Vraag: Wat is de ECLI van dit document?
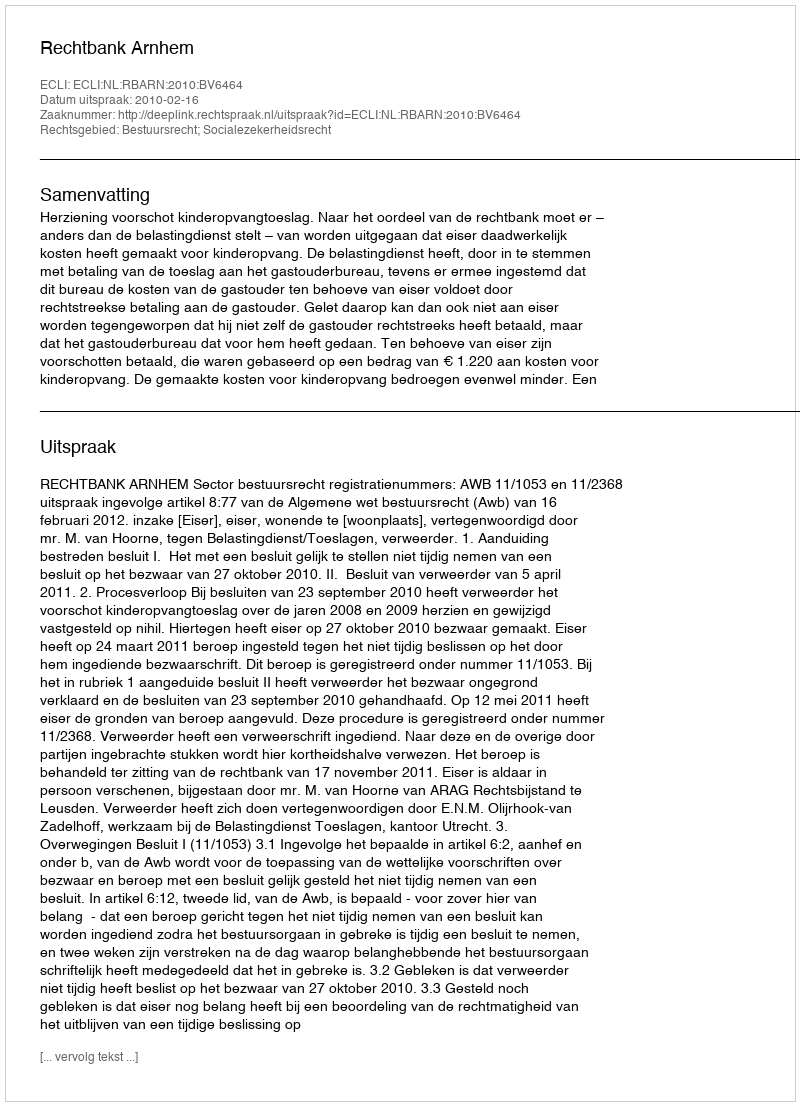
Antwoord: ECLI:NL:RBARN:2010:BV6464